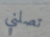
تصلني